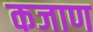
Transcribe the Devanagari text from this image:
कजाण